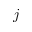
j